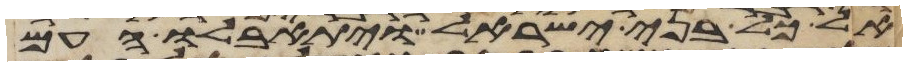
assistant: אל כל בני ישראל ויתאבלו העם